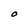
Character: O